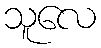
သူလေ